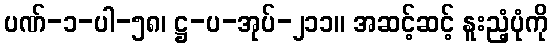
ပဏ်-၁-ပါ-၅၈၊ ဋ္ဌ-ပ-အုပ်-၂၁၁။ အဆင့်ဆင့် နူးညံ့ပုံကို